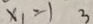
x _ { 1 } = 1 3